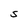
Character: S